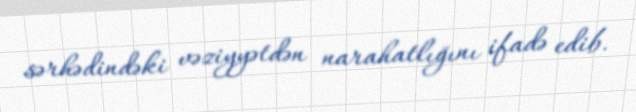
sərhədindəki vəziyyətdən narahatlığını ifadə edib.